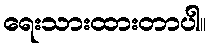
ရေးသားထားတာပါ။